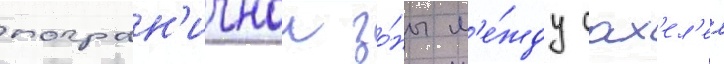
погран'ичнои зо́ны м'е́жду сах'ел'ем